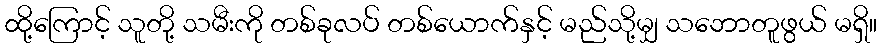
ထို့ကြောင့် သူတို့ သမီးကို တစ်ခုလပ် တစ်ယောက်နှင့် မည်သို့မျှ သဘောတူဖွယ် မရှိ။